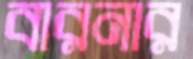
বারনার